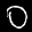
Label: 0